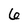
Character: 6